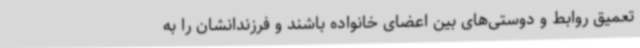
تعمیق روابط و دوستی‌های بین اعضای خانواده باشند و فرزندانشان را به